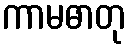
ကာမဓာတု